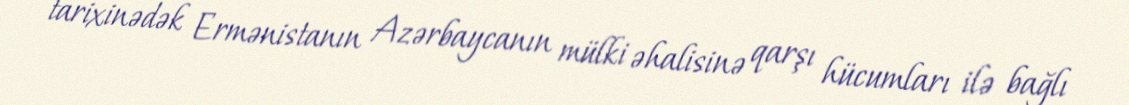
tarixinədək Ermənistanın Azərbaycanın mülki əhalisinə qarşı hücumları ilə bağlı